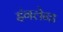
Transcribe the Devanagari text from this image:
इंगलेन्ड